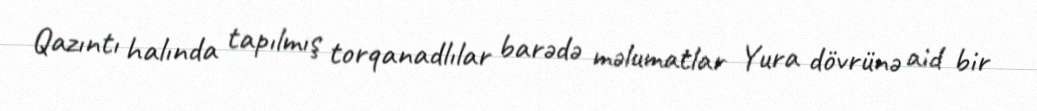
Qazıntı halında tapılmış torqanadlılar barədə məlumatlar Yura dövrünə aid bir